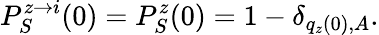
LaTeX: P_{S}^{z\rightarrow i}(0)=P_{S}^{z}(0)=1-\delta_{q_{z}(0),A}.